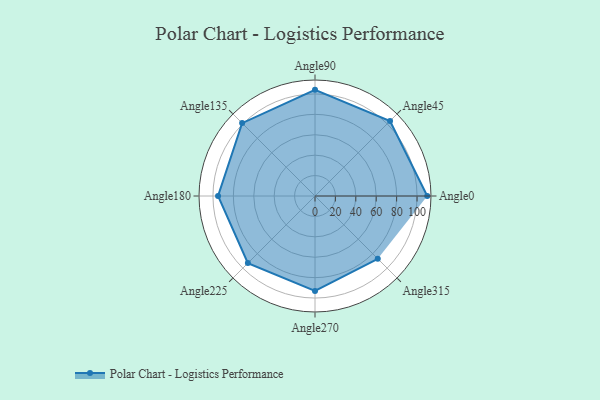
{"axis": {"x": "Angle", "y": "Radius"}, "legend": [""], "data": [{"x": "Angle0", "y": 110.0, "type": ""}, {"x": "Angle45", "y": 104.0, "type": ""}, {"x": "Angle90", "y": 104.0, "type": ""}, {"x": "Angle135", "y": 101.0, "type": ""}, {"x": "Angle180", "y": 95.0, "type": ""}, {"x": "Angle225", "y": 93.0, "type": ""}, {"x": "Angle270", "y": 93.0, "type": ""}, {"x": "Angle315", "y": 87.0, "type": ""}]}